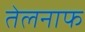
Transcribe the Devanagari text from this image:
तेलनाफ